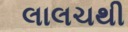
લાલચથી